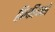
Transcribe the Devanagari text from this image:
क्रिकीन्फो